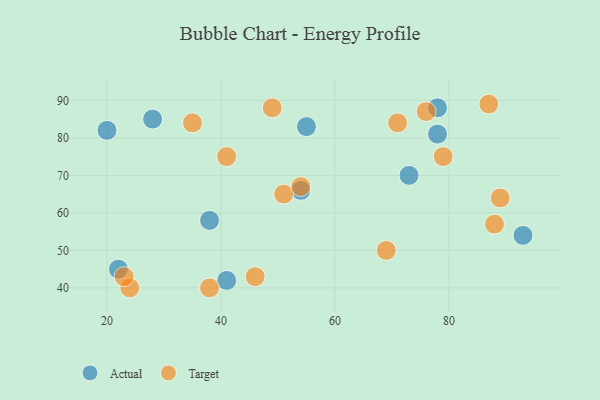
{"axis": {"x": "GDP", "y": "Life Expectancy"}, "legend": ["Actual", "Target"], "data": [{"x": "73", "y": 70, "type": "Actual"}, {"x": "54", "y": 66, "type": "Actual"}, {"x": "55", "y": 83, "type": "Actual"}, {"x": "41", "y": 42, "type": "Actual"}, {"x": "78", "y": 88, "type": "Actual"}, {"x": "22", "y": 45, "type": "Actual"}, {"x": "28", "y": 85, "type": "Actual"}, {"x": "20", "y": 82, "type": "Actual"}, {"x": "78", "y": 81, "type": "Actual"}, {"x": "38", "y": 58, "type": "Actual"}, {"x": "93", "y": 54, "type": "Actual"}, {"x": "87", "y": 89, "type": "Target"}, {"x": "88", "y": 57, "type": "Target"}, {"x": "41", "y": 75, "type": "Target"}, {"x": "35", "y": 84, "type": "Target"}, {"x": "69", "y": 50, "type": "Target"}, {"x": "71", "y": 84, "type": "Target"}, {"x": "51", "y": 65, "type": "Target"}, {"x": "24", "y": 40, "type": "Target"}, {"x": "38", "y": 40, "type": "Target"}, {"x": "49", "y": 88, "type": "Target"}, {"x": "23", "y": 43, "type": "Target"}, {"x": "76", "y": 87, "type": "Target"}, {"x": "46", "y": 43, "type": "Target"}, {"x": "79", "y": 75, "type": "Target"}, {"x": "54", "y": 67, "type": "Target"}, {"x": "89", "y": 64, "type": "Target"}]}